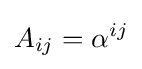
A_{ij}=\alpha ^{ij}